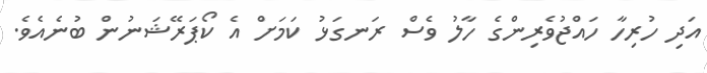
އަދި ހުރިހާ ހައްޖުވެރިންގެ ހާލު ވެސް ރަނގަޅު ކަމަށް އެ ކޯޕަރޭޝަނުން ބުނެއެވެ.